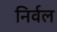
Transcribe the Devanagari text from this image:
निर्वल